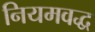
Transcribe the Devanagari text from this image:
नियमवद्ध